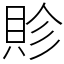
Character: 䝩